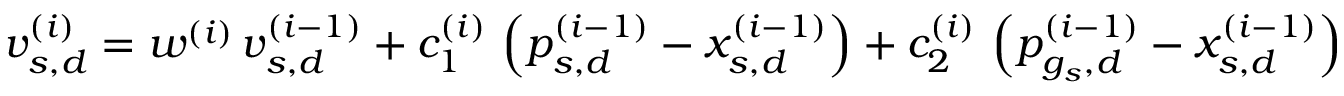
\begin{array} { r } { v _ { s , d } ^ { ( i ) } = w ^ { ( i ) } \, v _ { s , d } ^ { ( i - 1 ) } + c _ { 1 } ^ { ( i ) } \, \left( p _ { s , d } ^ { ( i - 1 ) } - x _ { s , d } ^ { ( i - 1 ) } \right) + c _ { 2 } ^ { ( i ) } \, \left( p _ { g _ { s } , d } ^ { ( i - 1 ) } - x _ { s , d } ^ { ( i - 1 ) } \right) } \end{array}